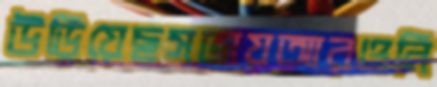
উড়িয়েছসভায়আরওনি